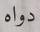
دواه